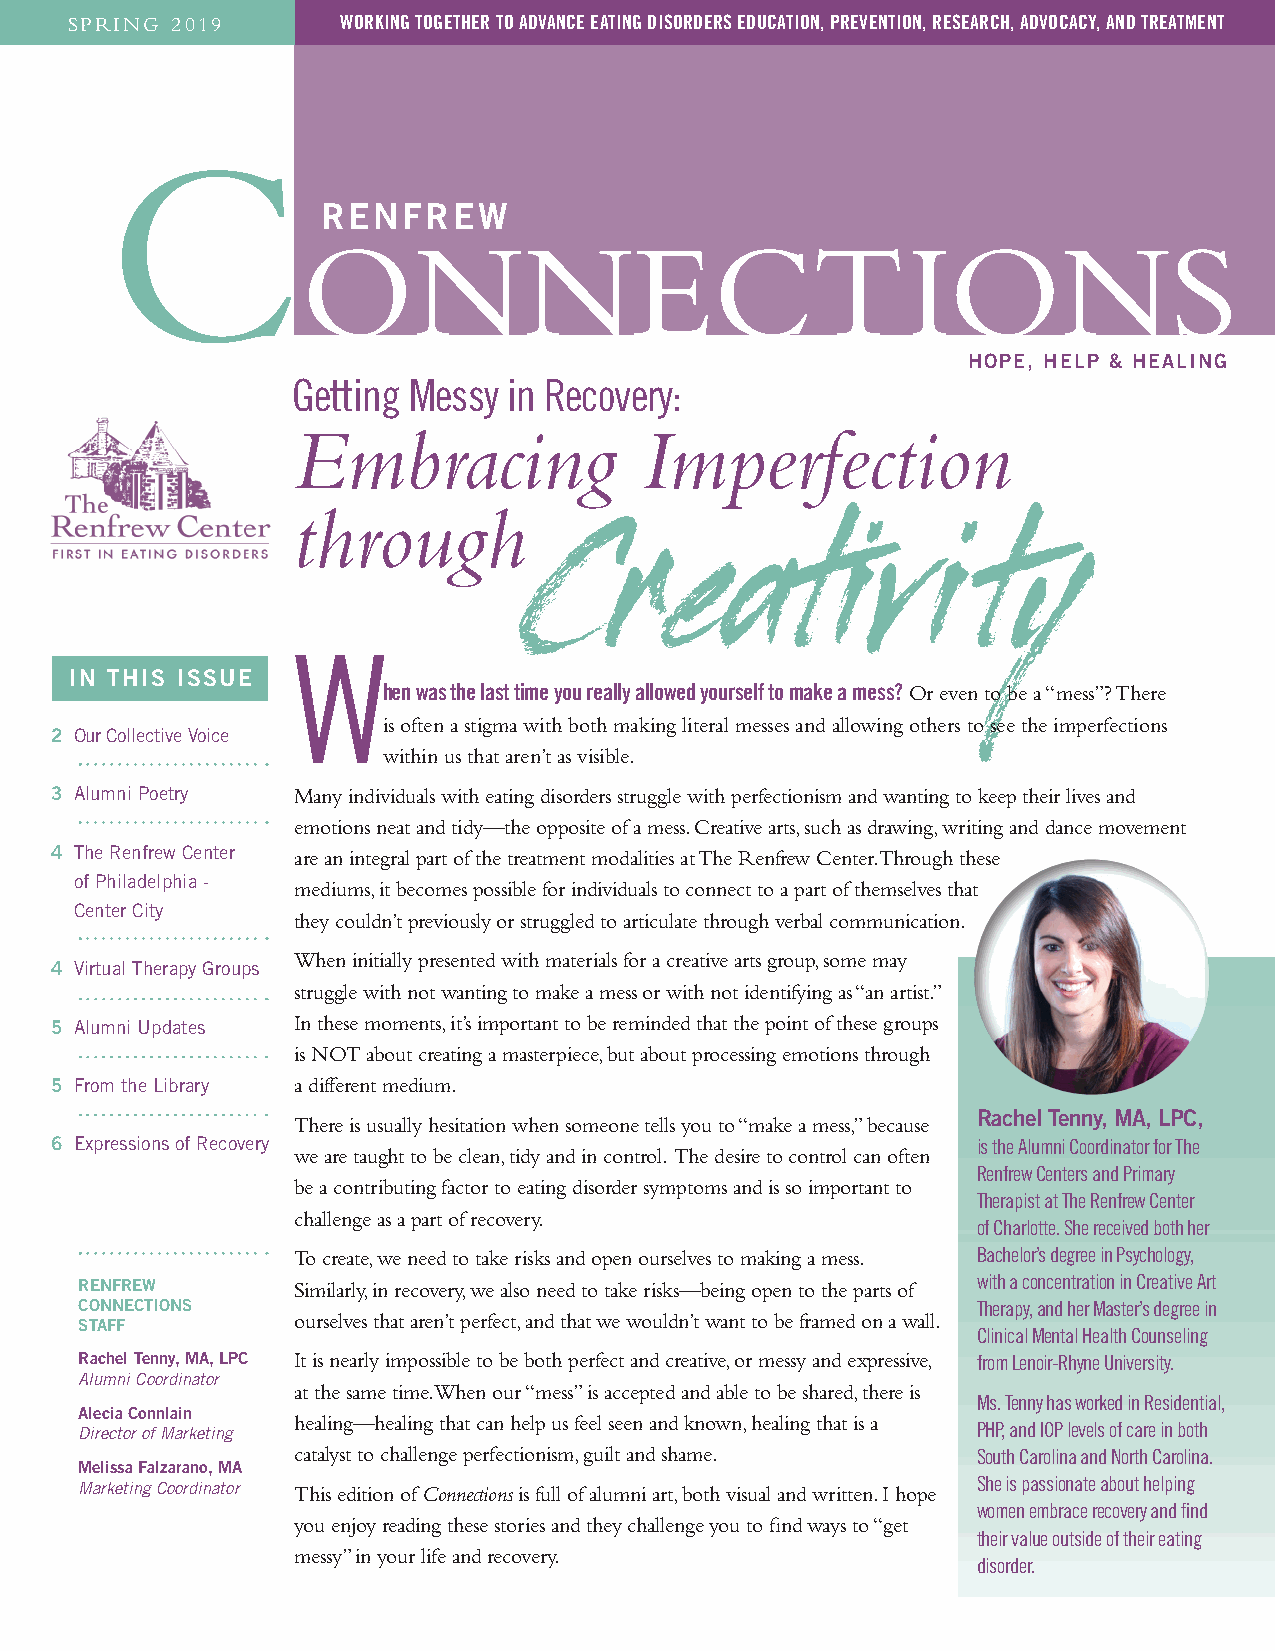
SPRING 2019       WORKING TOGETHER TO ADVANCE EATING DISORDERS EDUCATION, PREVENTION, RESEARCH, ADVOCACY, AND TREATMENT
 C
 RENFREW
 ONNECTIONS
 HOPE, HELP & HEALING
 Getting Messy  in Recovery:
 Embracing              Imperfection
 through
 Creati                 vi     ty
 W
 IN THIS ISSUE
 hen was the last time you really allowed yourself to make a mess? Or even to be a “mess”? There
 is often a stigma with both making literal messes and allowing others to see the imperfections
 2 Our Collective Voice
 within us that aren’t as visible.
 3 Alumni Poetry Many individuals with eating disorders struggle with perfectionism and wanting to keep their lives and
 emotions neat and tidy—the opposite of a mess. Creative arts, such as drawing, writing and dance movement
 4 The Renfrew Center are an integral part of the treatment modalities at The Renfrew Center. Through these
 of Philadelphia -
 mediums, it becomes possible for individuals to connect to a part of themselves that
 Center City
 they couldn’t previously or struggled to articulate through verbal communication.
 When initially presented with materials for a creative arts group, some may
 4 Virtual Therapy Groups
 struggle with not wanting to make a mess or with not identifying as “an artist.”
 5 Alumni Updates In these moments, it’s important to be reminded that the point of these groups
 is NOT about creating a masterpiece, but about processing emotions through
 5 From the Library a different medium.
 Rachel Tenny, MA, LPC,
 There is usually hesitation when someone tells you to “make a mess,” because
 6 Expressions of Recovery                                     is the Alumni Coordinator for The
 we are taught to be clean, tidy and in control. The desire to control can often
 Renfrew Centers and Primary
 be a contributing factor to eating disorder symptoms and is so important to
 Therapist at The Renfrew Center
 challenge as a part of recovery.
 of Charlotte. She received both her
 To create, we need to take risks and open ourselves to making a mess. Bachelor’s degree in Psychology,
 RENFREW       Similarly, in recovery, we also need to take risks—being open to the parts of with a concentration in Creative Art
 CONNECTIONS                                                 Therapy, and her Master’s degree in
 ourselves that aren’t perfect, and that we wouldn’t want to be framed on a wall.
 STAFF
 Clinical Mental Health Counseling
 Rachel Tenny, MA, LPC It is nearly impossible to be both perfect and creative, or messy and expressive, from Lenoir-Rhyne University.
 Alumni Coordinator
 at the same time. When our “mess” is accepted and able to be shared, there is
 Ms. Tenny has worked in Residential,
 Alecia Connlain
 healing—healing that can help us feel seen and known, healing that is a
 Director of Marketing                                       PHP, and IOP levels of care in both
 catalyst to challenge perfectionism, guilt and shame. South Carolina and North Carolina.
 Melissa Falzarano, MA
 Marketing Coordinator This edition of Connections is full of alumni art, both visual and written. I hope She is passionate about helping
 women embrace recovery and find
 you enjoy reading these stories and they challenge you to find ways to “get
 their value outside of their eating
 messy” in your life and recovery.
 disorder.